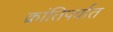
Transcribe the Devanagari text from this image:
क्रांतिपर्वात